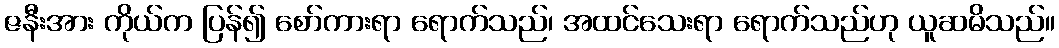
ဇနီးအား ကိုယ်က ပြန်၍ စော်ကားရာ ရောက်သည်၊ အထင်သေးရာ ရောက်သည်ဟု ယူဆမိသည်။